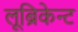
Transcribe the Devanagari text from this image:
लूब्रिकेन्ट